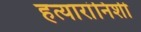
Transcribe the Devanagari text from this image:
हत्यारांनिशी